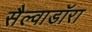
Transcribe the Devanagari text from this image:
सैल्वाडॉरा